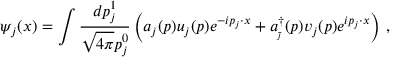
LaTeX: \psi _ { j } ( x ) = \int \frac { d p _ { j } ^ { 1 } } { \sqrt { 4 \pi } p _ { j } ^ { 0 } } \left( a _ { j } ( p ) u _ { j } ( p ) e ^ { - i p _ { j } \cdot x } + a _ { _ { \bar { \jmath } } } ^ { \dagger } ( p ) v _ { j } ( p ) e ^ { i p _ { j } \cdot x } \right) \, , \qquad